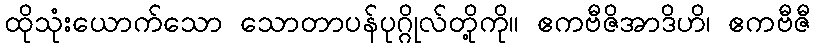
ထိုသုံးယောက်သော သောတာပန်ပုဂ္ဂိုလ်တို့ကို။ ဧကဗီဇိအာဒိဟိ၊ ဧကဗီဇီ